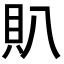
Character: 𧴩